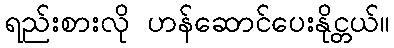
ရည်းစားလို ဟန်ဆောင်ပေးနိုင္တယ်။